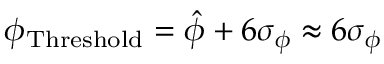
\phi _ { \mathrm { T h r e s h o l d } } = \hat { \phi } + 6 \sigma _ { \phi } \approx 6 \sigma _ { \phi }